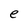
Character: e